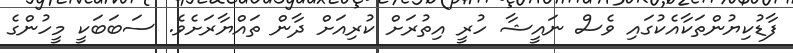
ފާޑުކިޔުންތަކާއެކުގައި ވެސް ނައީޝާ ހުރީ އިތުރަށް ކުރިއަށް ދާން ތައްޔާރަށެވެ. ސަބަބަކީ މީހުންގެ